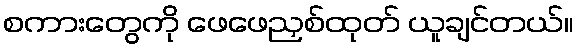
စကားတွေကို ဖေဖေညှစ်ထုတ် ယူချင်တယ်။